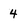
Character: 4